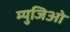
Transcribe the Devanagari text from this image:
म्युजिओ